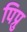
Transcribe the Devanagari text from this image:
पिप्रु